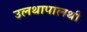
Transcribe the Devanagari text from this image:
उलथापालथी